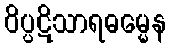
ဝိပ္ပဋိသာရဓမ္မေန